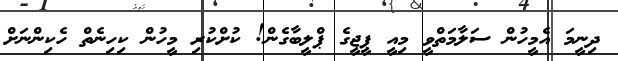
ދިނީމަ އެމީހުން ސަލާމަތްވީ މިއީ ޕީޖީގެ ޕްލީބާގެން! ކުށްކުރި މީހުން ކިހިނެތް ހެކިންނަށް